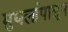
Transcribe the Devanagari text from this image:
मुघलांपासून